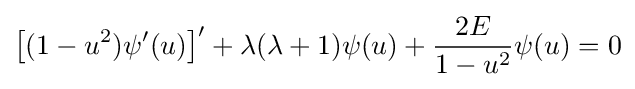
\left[(1-u^{2})\psi '(u)\right]'+\lambda (\lambda +1)\psi (u)+{\frac {2E}{1-u^{2}}}\psi (u)=0